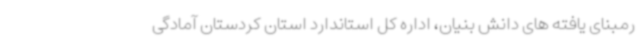
رمبنای یافته های دانش بنیان، اداره کل استاندارد استان کردستان آمادگی